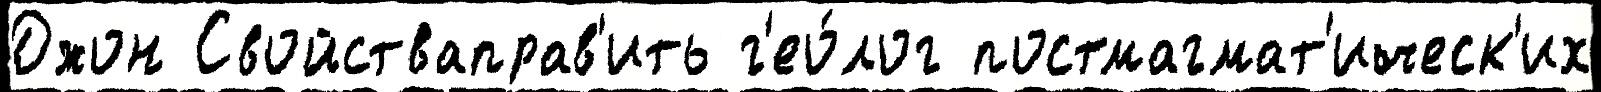
Джон Свойстваправ'ить г'ео́лог постмагмат'ическ'их